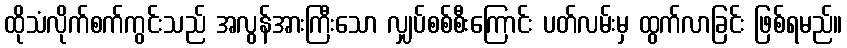
ထိုသံလိုက်စက်ကွင်းသည် အလွန်အားကြီးသော လျှပ်စစ်စီးကြောင်း ပတ်လမ်းမှ ထွက်လာခြင်း ဖြစ်ရမည်။